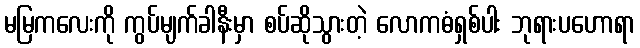
မမြကလေးကို ကွပ်မျက်ခါနီးမှာ စပ်ဆိုသွားတဲ့ လောကဓံရှစ်ပါး ဘုရားပဟောရာ